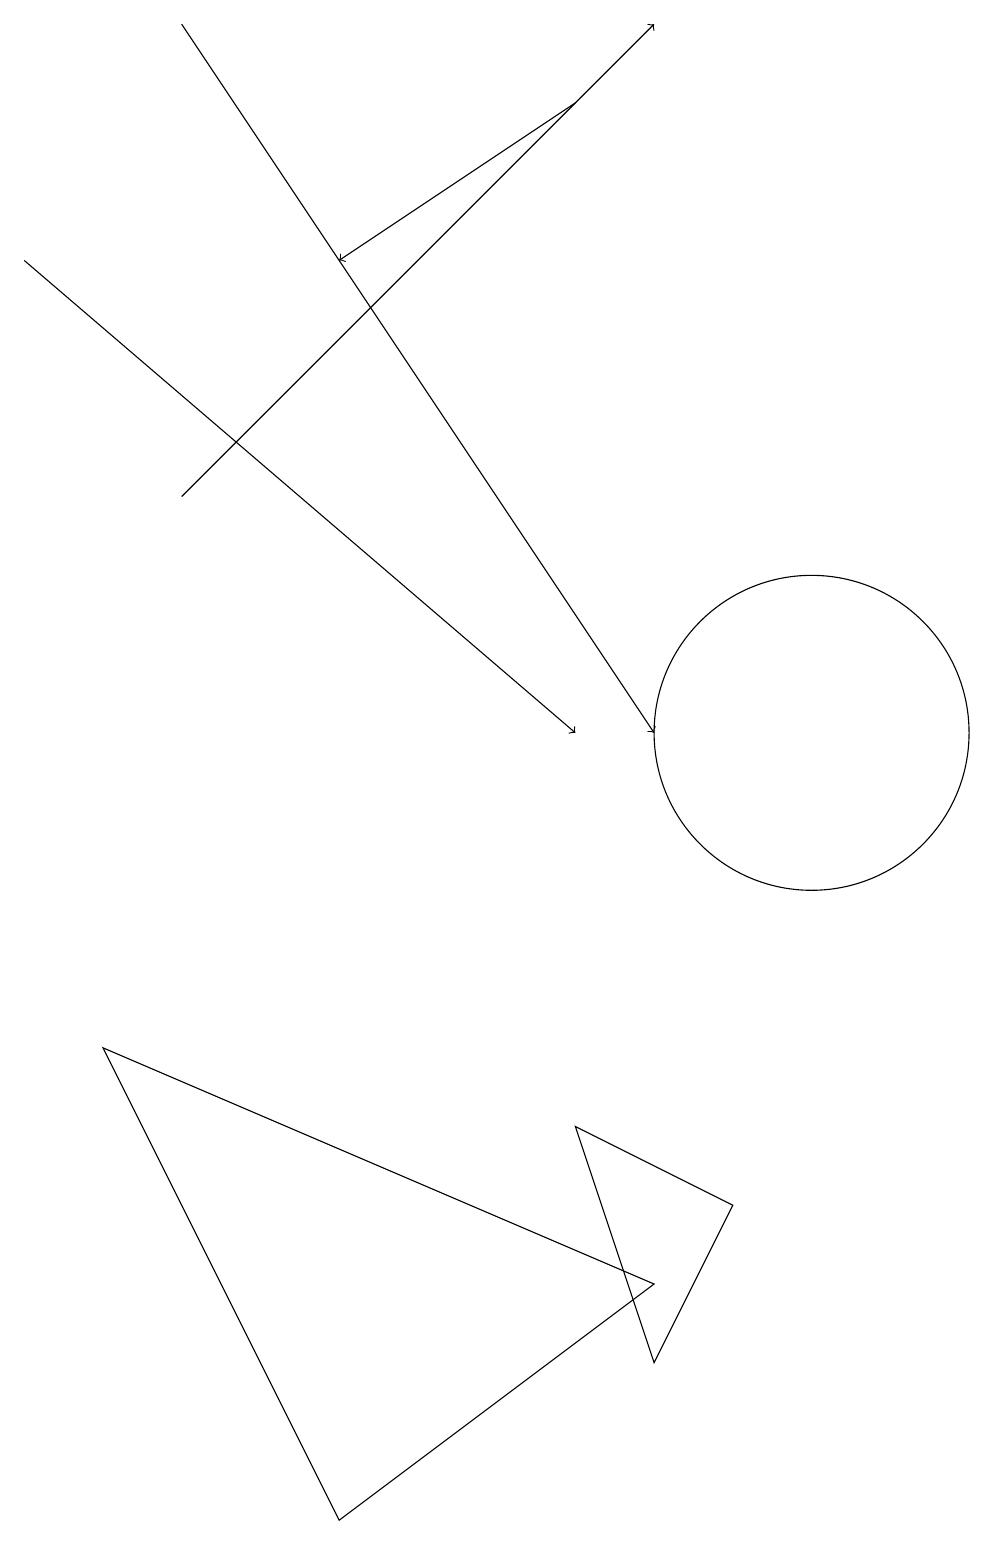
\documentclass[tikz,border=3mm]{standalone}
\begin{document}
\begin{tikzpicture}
\draw[->] (0,16) -- (7,10);
\draw (1,6) -- (8,3) -- (4,0) -- cycle;
\draw (7,5) -- (9,4) -- (8,2) -- cycle;
\draw (10,10) circle (2);
\draw[->] (2,13) -- (8,19);
\draw[->] (7,18) -- (4,16);
\draw[->] (2,19) -- (8,10);
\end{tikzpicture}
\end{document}